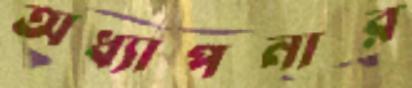
অধ্যাপনার